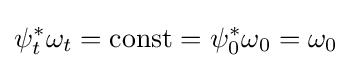
\psi _{t}^{*}\omega _{t}=\mathrm {const} =\psi _{0}^{*}\omega _{0}=\omega _{0}